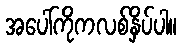
အပေါ်ကိုကလစ်နှိပ်ပါ။